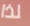
لذا